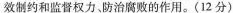
效制约和监督权力防治腐败的作用。（12分）